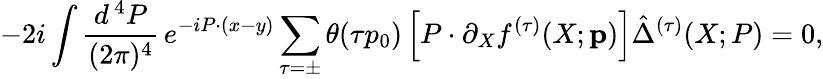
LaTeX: -2i\int\frac{d^{\, 4}P}{(2\pi)^{4}}\, e^{-iP\cdot(x-y)}\sum_{\tau=\pm}\theta(\tau p_{0})\left[P\cdot\partial_{X}f^{(\tau)}(X;{\mathbf p})\right]\hat{\Delta}^{(\tau)}(X;P)=0,